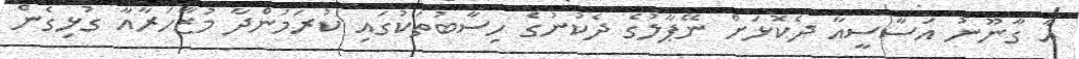
އާ ގާނޫނު އަސާސީއާ ދެކޮޅަށް ނޭޕާލުގެ ދެކުނުގެ ހިސާބުތަކުގައި ކުރަމުންދާ މުޒާހަރާއާ ގުޅިގެން